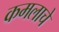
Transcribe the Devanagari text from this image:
कमलाचे